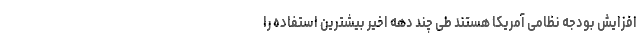
افزایش بودجه نظامی آمریکا هستند طی چند دهه اخیر بیشترین استفاده را